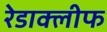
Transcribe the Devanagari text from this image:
रेडाक्लीफ